Annual report on the working of the mental hospitals in the Madras Presidency - 1912-1932
Year: 1912
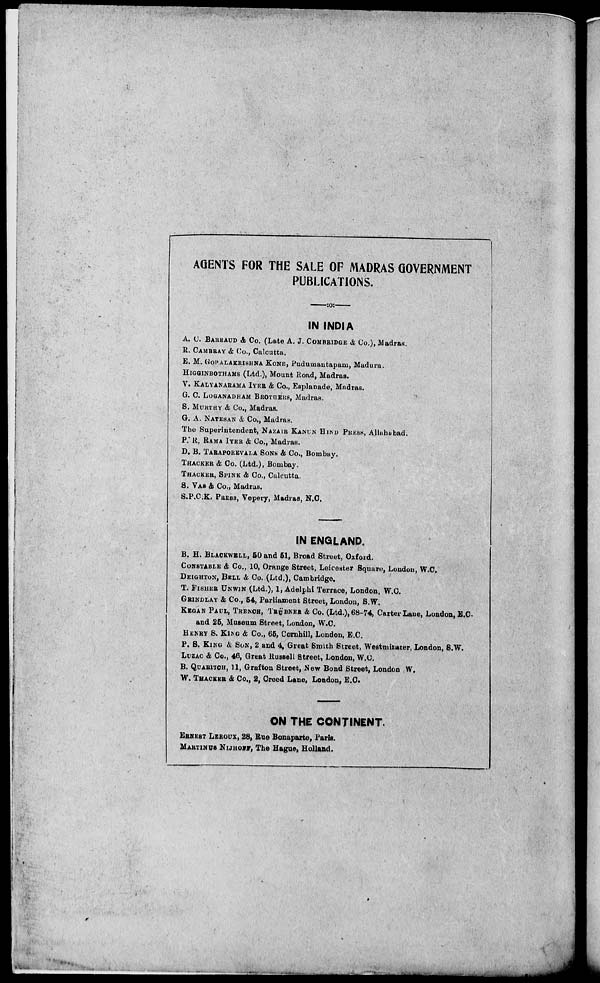
AGENTS FOR THE SALE OF MADRAS GOVERNMENT
PUBLICATIONS.
IN INDIA
A. C. BARRAUD & Co. (Late A. J. COMBRIDGE & Co.), Madras.
R. CAMBRAY & Co., Calcutta.
E. M. GOPALAKRISHNA KONE, Pudumantapam, Madura.
HIGGINBOTHAMS
(Ltd.), Mount Road, Madras.
Y. KALYANARAMA IYER & Co., Esplanade, Madras.
G. C. LOGANADHAM BROTHERS, Madras.
S. MURTHY & Co., Madras.
G. A. NATESAN & Co., Madras.
The Superintendent, NAZAIR KANUN HIND PRESS, Allahabad.
P. R. RAMA IYER & Co., Madras.
D. B. TARAPOREVALA SONS & Co., Bombay.
THACKER & Co. (Ltd.), Bombay.
THACKER, SPINK & Co., Calcutta.
S. VAS & Co., Madras.
S.P.C.K. PRESS, Vepery, Madras, N.C.
IN ENGLAND.
B, H. BLACKWELL, 50 and 51, Broad Street, Oxford.
CONSTABLE & Co., 10, Orange Street, Leicester Square, London, W.C.
DEIGHTON, BELL & Co. (Ltd.), Cambridge.
T. FISHER UNWIN (Ltd.), 1, Adelphi Terrace, London, W.C.
GRINDLAY & Co., 54, Parliament Street, London, S.W.
KEGAN PAUL, TRENCH, TRÜBNER & Co. (Ltd.), 68-74, Carter Lane, London, E.C.
and 25, Museum Street, London, W.C.
HENRY S. KING & Co., 65, Cornhill, London, E.C.
P. S, KING & SON, 2 and 4, Great Smith Street, Westminster, London, S.W.
LUZAC & Co., 46, Great Russell Street, London, W.C.
B. QUARITCH, 11, Grafton Street, New Bond Street, London W.
W. THACKER & Co., 2, Creed Lane, London, E.C.
ON THE CONTINENT.
ERNEST LEROUX, 28, Rue Bonaparte, Paris.
MARTINUS NIJHOFF, The Hague, Holland.